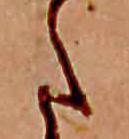
た